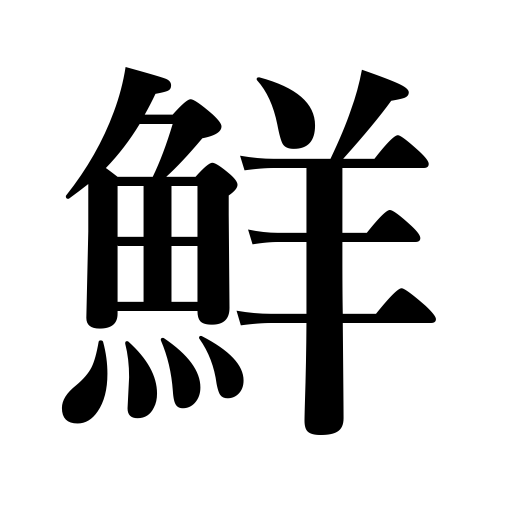
Meanings: clear,fresh,graceful,beautiful,Korea,splendid,brilliant,vivid